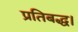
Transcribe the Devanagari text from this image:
प्रतिबद्ध।